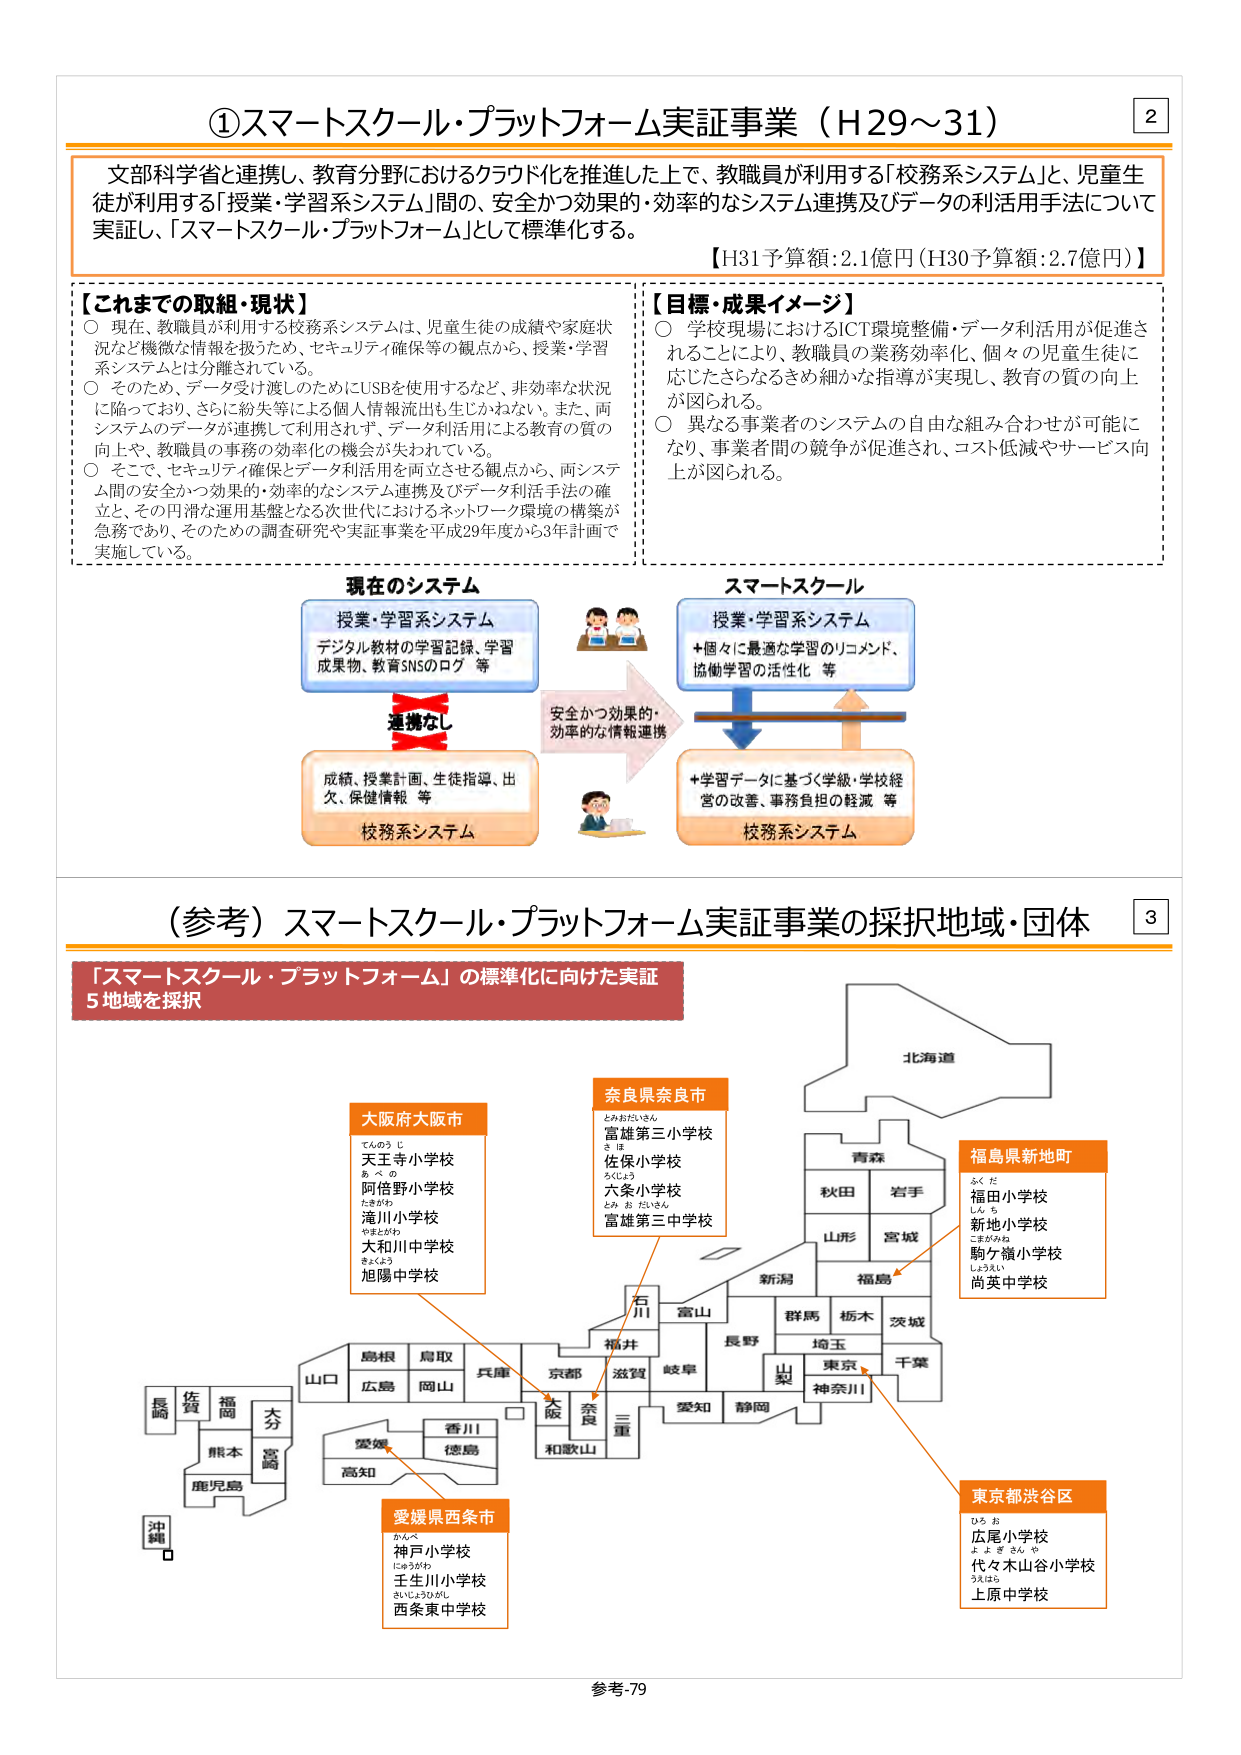
①スマートスクール・プラットフォーム実証事業（H29～31）

文部科学省と連携し、教育分野におけるクラウド化を推進した上で、教職員が利用する「校務システム」と、児童生徒が利用する「授業・学習システム」間の、安全かつ効果的・効率的なシステム連携及びデータの利活用手法について実証し、「スマートスクール・プラットフォーム」として標準化する。

【H31予算額：2.1億円（H30予算額：2.7億円）】

【これまでの取組・現状】
○ 現在、教職員が利用する校務システムは、児童生徒の成績や家庭状況など機微な情報を扱うため、セキュリティ確保等の観点から、授業・学習システムとは分離されている。
○ そのため、データ受け渡しのためにUSBを使用するなど、非効率な状況に陥っており、さらに紛失等による個人情報流出も生じかねない。また、両システムのデータが連携して利用されず、データ利活用による教育の質の向上や、教職員の事務の効率化の機会が失われている。
○ そこで、セキュリティ確保とデータ利活用を両立させる観点から、両システム間の安全かつ効果的・効率的なシステム連携及びデータ利活手法の確立、その円滑な運用基盤となる次世代におけるネットワーク環境の構築が急務であり、そのための調査研究や実証事業を平成29年度から3年計画で実施している。

【目標・成果イメージ】
○ 学校現場におけるICT環境整備・データ利活用が促進されることにより、教職員の業務効率化、個々の児童生徒に応じたさらなるきめ細かな指導が実現し、教育の質の向上が図られる。
○ 異なる事業者のシステムの自由な組み合わせが可能になり、事業者間の競争が促進され、コスト低減やサービス向上が図られる。

現在のシステム
授業・学習システム
デジタル教材の学習記録、学習成果物、教育SNSのログ 等
連携なし
成績、授業計画、生徒指導、出欠、保健情報 等
校務システム

スマートスクール
授業・学習システム
＋個々に最適な学習のリコメンド、協働学習の活性化 等
安全かつ効果的・効率的な情報連携
＋学習データに基づく学級・学校経営の改善、事務負担の軽減 等
校務システム

（参考）スマートスクール・プラットフォーム実証事業の採択地域・団体

「スマートスクール・プラットフォーム」の標準化に向けた実証
5地域を採択

大阪府大阪市
天王寺小学校
阿倍野小学校
滝川小学校
大和川中学校
旭陽中学校

奈良県奈良市
富雄第三小学校
佐保小学校
六条小学校
富雄第三中学校

福島県新地町
福田小学校
新地小学校
駒ケ嶺小学校
尚英中学校

愛媛県西条市
神戸小学校
王生川小学校
西条東中学校

東京都渋谷区
広尾小学校
代々木山谷小学校
上原中学校

北海道
青森
秋田
岩手
山形
宮城
新潟
福島
群馬
栃木
茨城
埼玉
千葉
東京
神奈川
山梨
長野
岐阜
静岡
愛知
三重
滋賀
京都
兵庫
大阪
奈良
和歌山
鳥取
島根
岡山
広島
山口
徳島
香川
愛媛
高知
福岡
佐賀
長崎
熊本
大分
宮崎
鹿児島
沖縄

参考-79